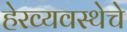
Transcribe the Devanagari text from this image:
हेरव्यवस्थेचे